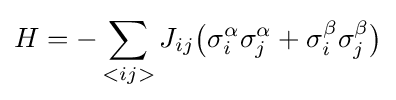
H=-\sum _{<ij>}J_{ij}{\big (}\sigma _{i}^{\alpha }\sigma _{j}^{\alpha }+\sigma _{i}^{\beta }\sigma _{j}^{\beta }{\big )}